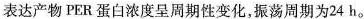
表达产物PER蛋白浓度呈周期性变化，振荡周期为24h。